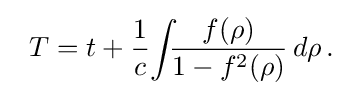
\;\;T=t+{\displaystyle {\frac {1}{c}}\!\int \!\!\!{\frac {f(\rho )}{1-f^{2}(\rho )}}\,d\rho \,.}